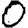
Digit: 0